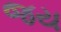
જય